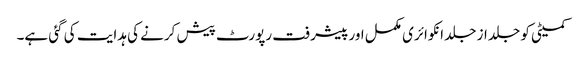
کمیٹی کو جلد از جلد انکوائری مکمل اور پیشرفت رپورٹ پیش کرنے کی ہدایت کی گئی ہے۔